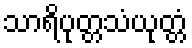
သာရိပုတ္တသံယုတ္တံ